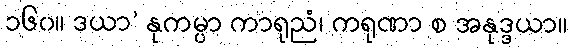
၁၆၀။ ဒယာ’ နုကမ္ပာ ကာရုညံ၊ ကရုဏာ စ အနုဒ္ဒယာ။